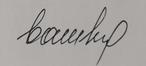
Signature authenticity: forged